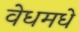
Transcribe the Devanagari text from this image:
वेधमधे